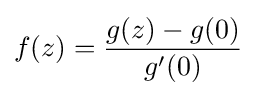
f(z)={\frac {g(z)-g(0)}{g'(0)}}